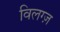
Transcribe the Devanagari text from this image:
विलग्ज़